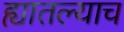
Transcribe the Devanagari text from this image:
ह्यातल्याच